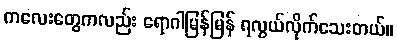
ကလေးတွေကလည်း ရောဂါမြန်မြန် ရလွယ်လိုက်သေးတယ်။